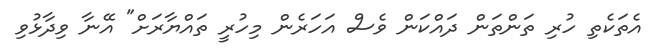
އެތަކެތި ހުރި ތަންތަން ދައްކަން ވެސް އަހަރެން މިހުރީ ތައްޔާރަށް" އޭނާ ވިދާޅުވި